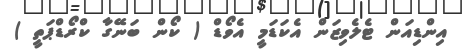
އިންޑިއަން ޓެލެވިޒަން އެކަޑަމީ އެވޯޑް ( ކޯން ބަނޭގާ ކްރޯޑްޕަތީ )